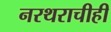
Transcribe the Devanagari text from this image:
नरथराचीही